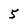
Character: 5